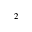
^ 2